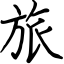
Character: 旅